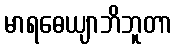
မာရဓေယျာဘိဘူတာ